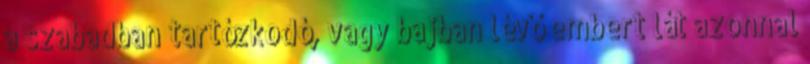
a szabadban tartózkodó, vagy bajban lévő embert lát azonnal